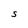
Character: S